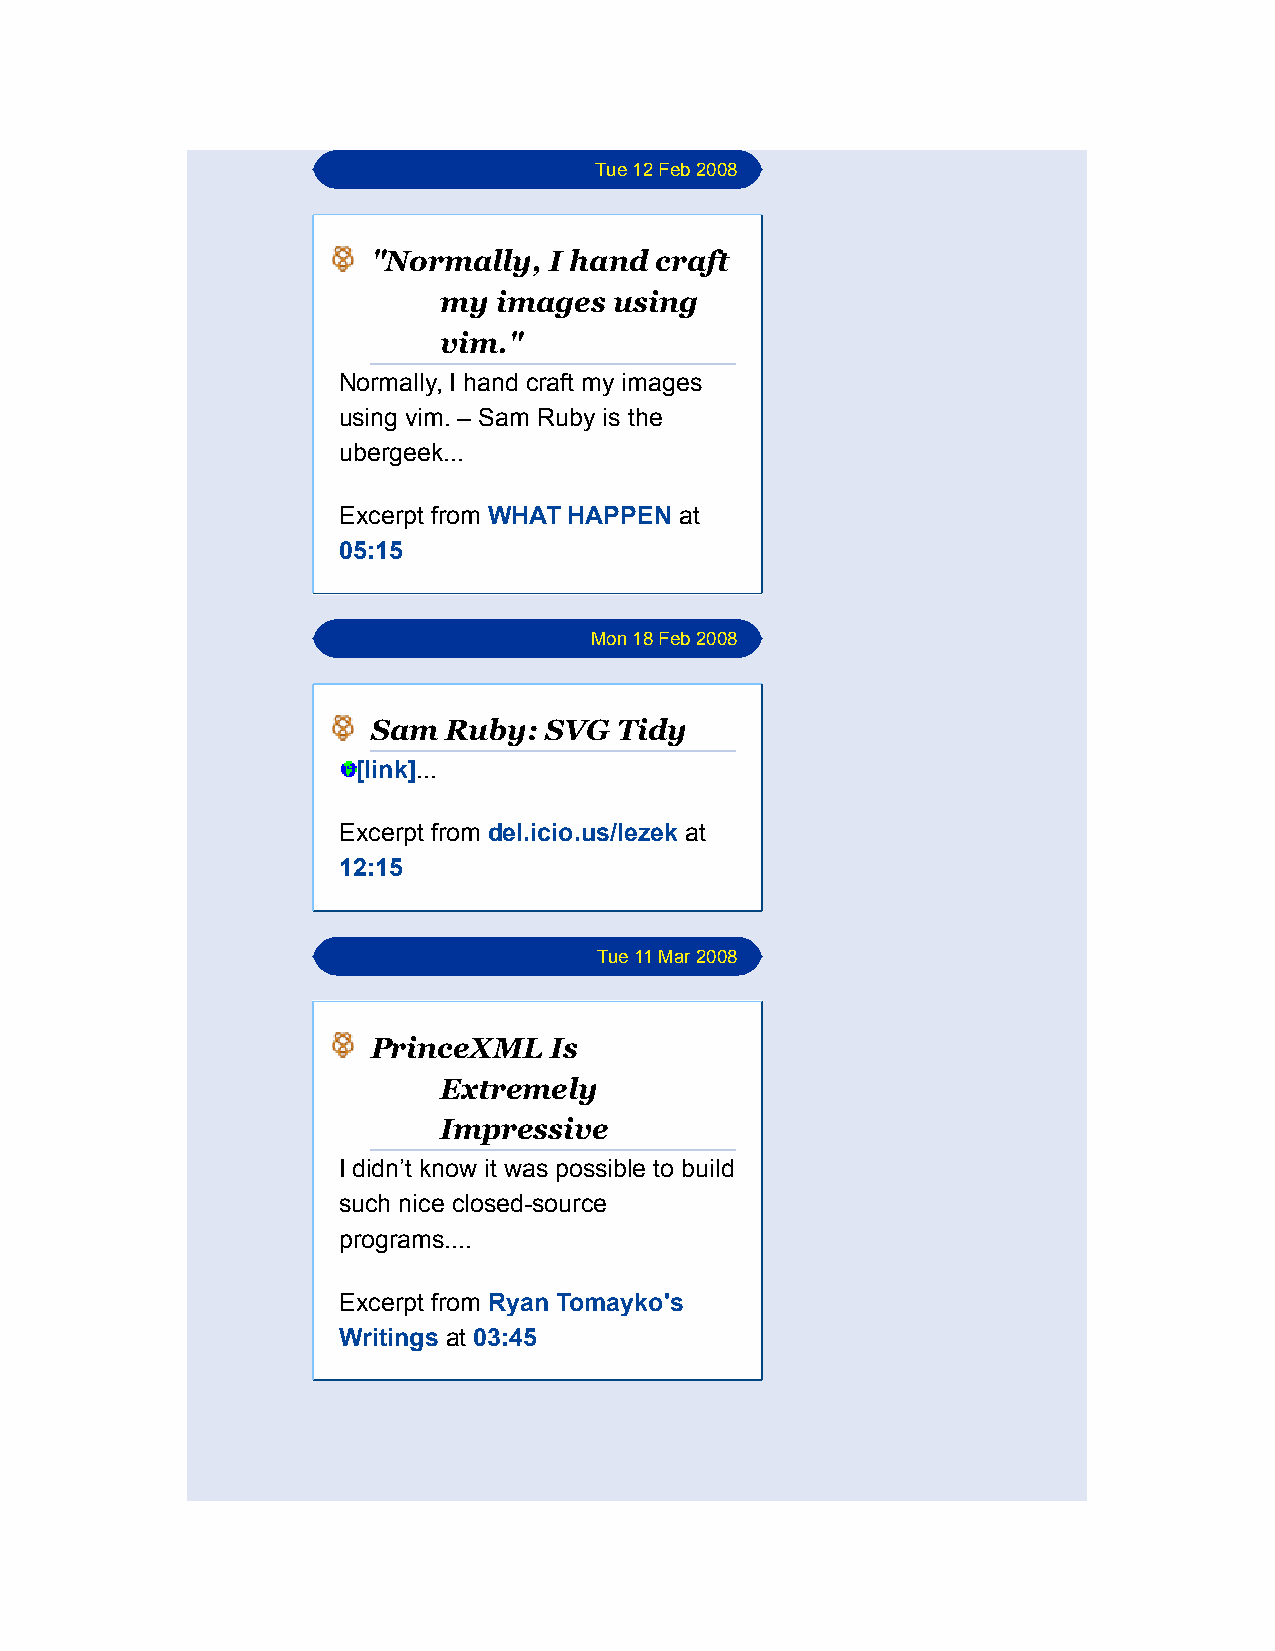
Tue 12 Feb 2008
 "Normally, I hand craft
 my  images  using
 vim."
 Normally, I hand craft my images
 using vim. – Sam Ruby is the
 ubergeek...
 Excerpt from WHAT HAPPEN at
 05:15
 Mon 18 Feb 2008
 Sam Ruby:  SVG  Tidy
 [link]...
 Excerpt from del.icio.us/lezek at
 12:15
 Tue 11 Mar 2008
 PrinceXML  Is
 Extremely
 Impressive
 I didn’t know it was possible to build
 such nice closed-source
 programs....
 Excerpt from Ryan Tomayko's
 Writings at 03:45